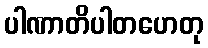
ပါဏာတိပါတဟေတု